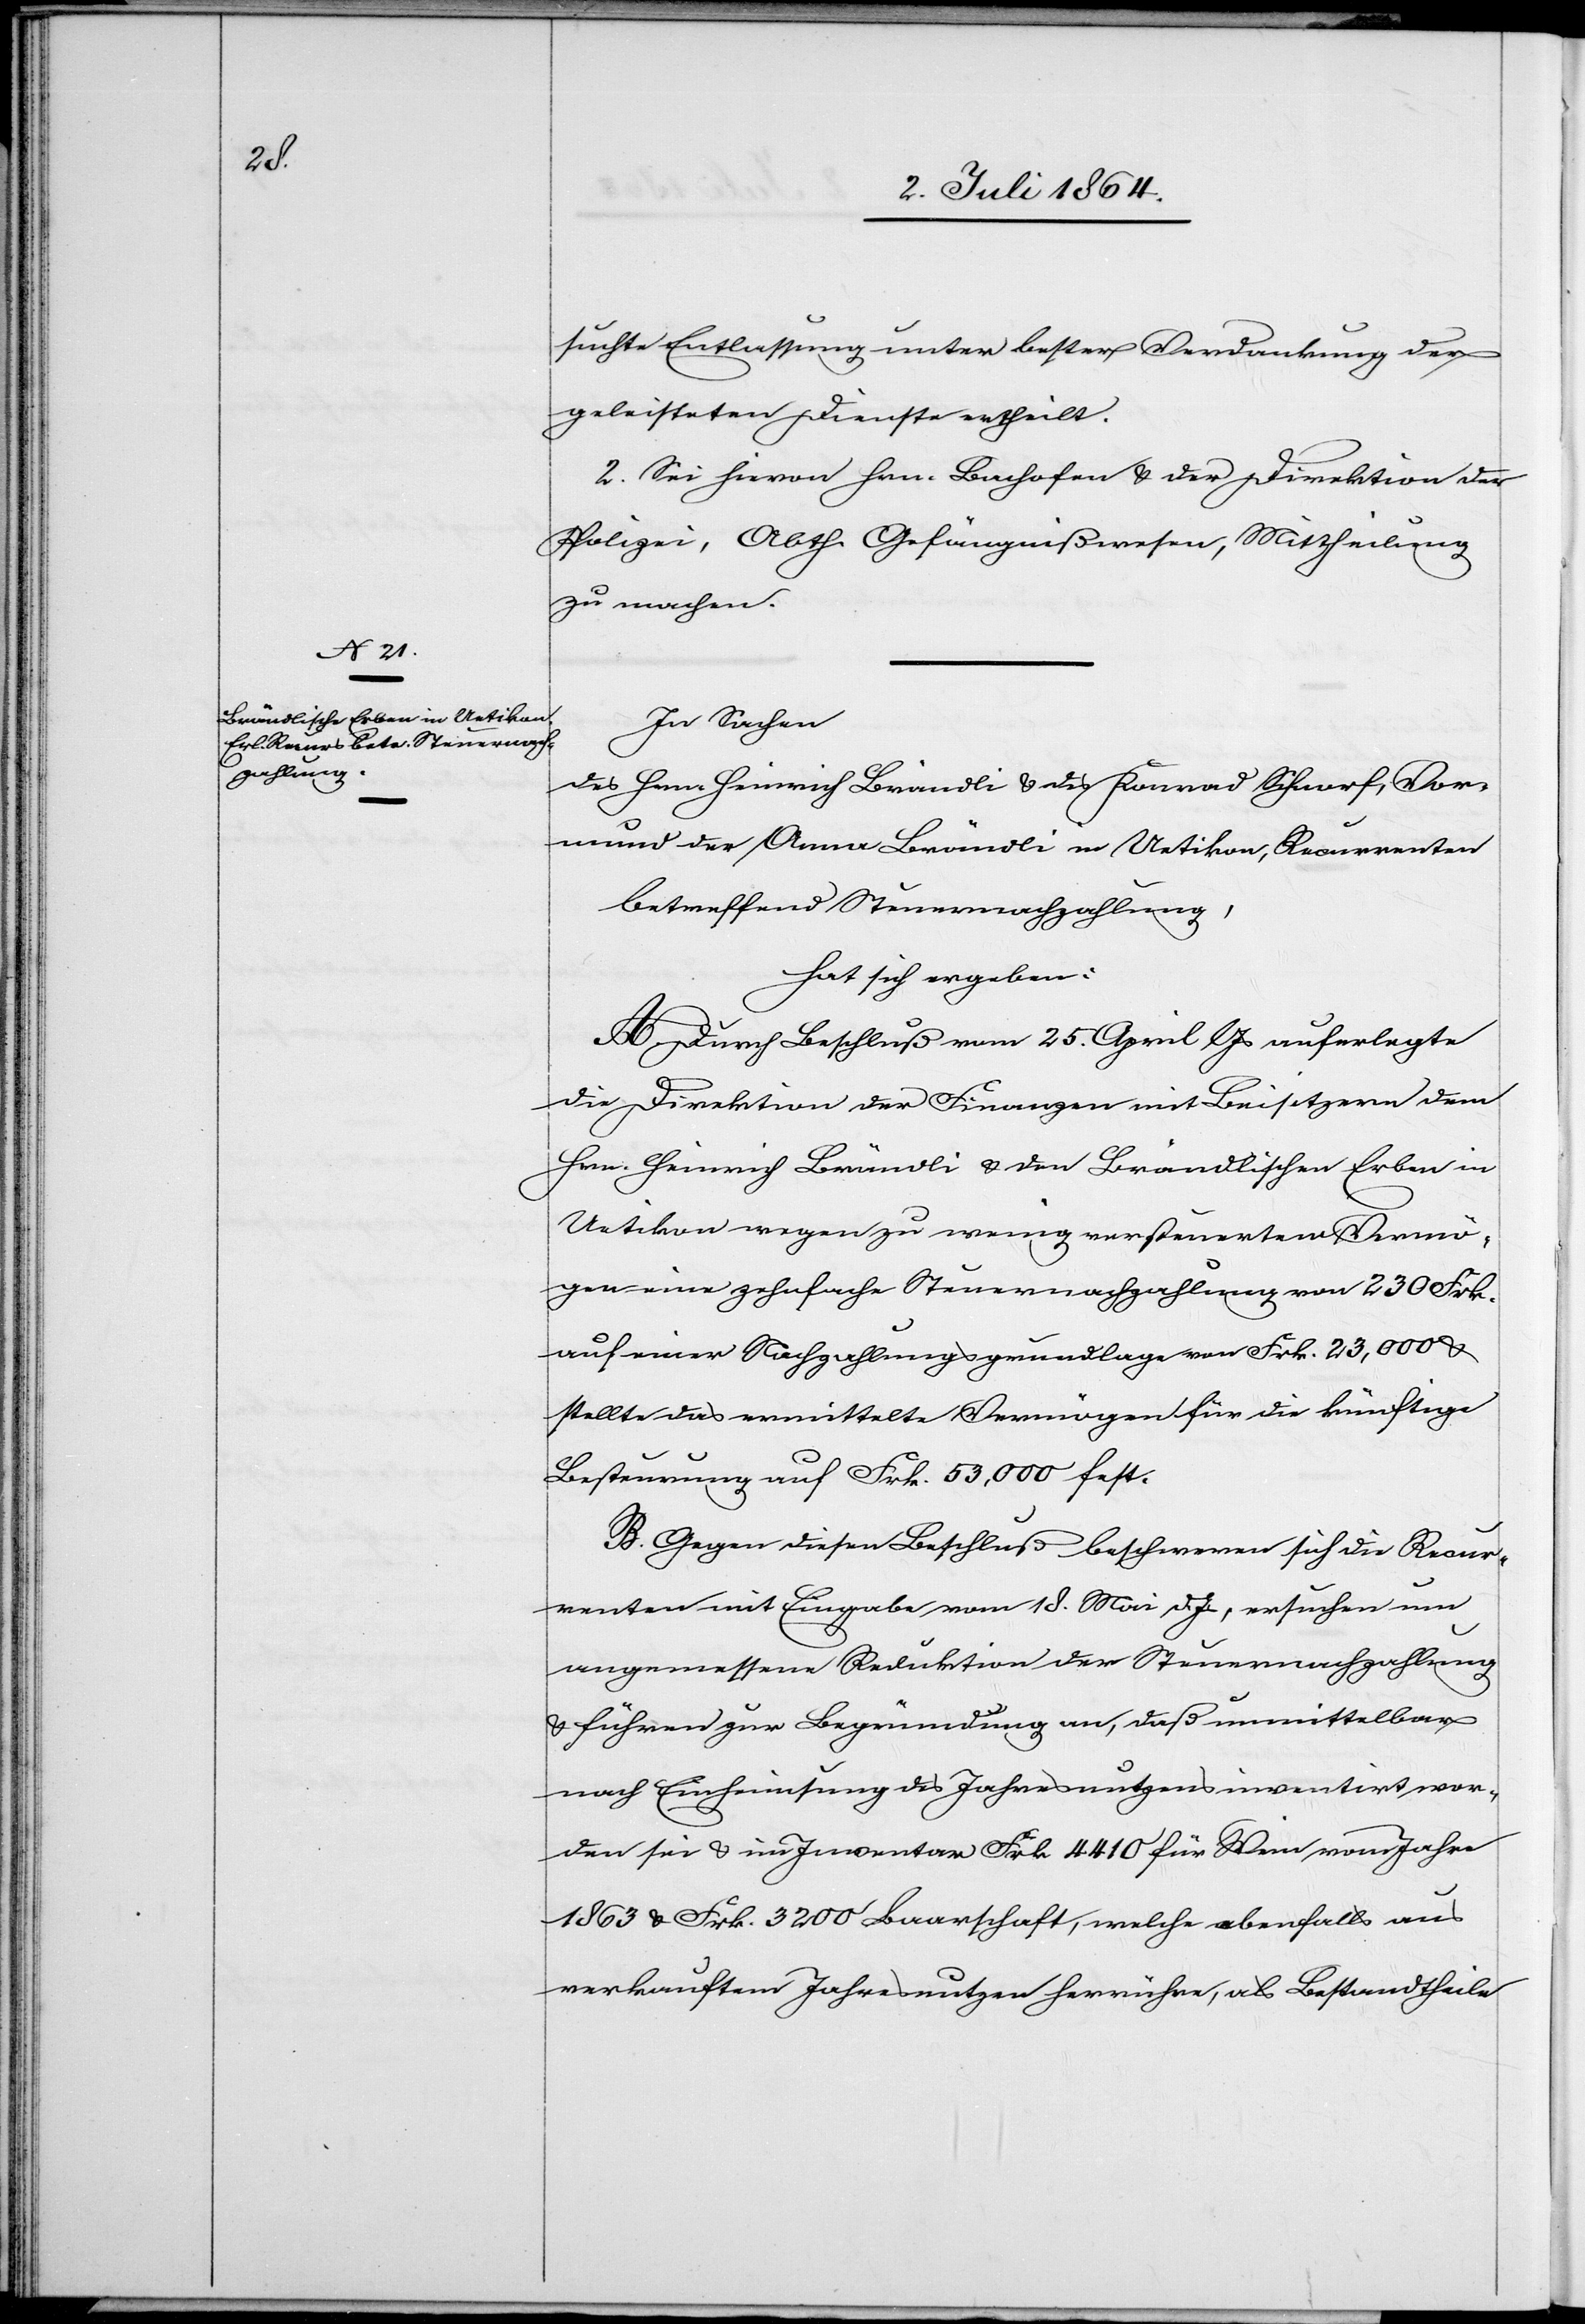
suchte Entlassung unter bester Verdankung der
geleisteten Dienste ertheilt.
2. Sei hiervon Hrn. Bachofen u. der Direktion der
Polizei, Abth. Gefängnißwesen, Mittheilung
zu machen.
In Sachen
des Hrn. Heinrich Brändli u. des Konrad Schnorf, Vor¬
mund der Anna Brändli in Uetikon, Recurrenten
betreffend Steuernachzahlung,
hat sich ergeben:
A. Durch Beschluß vom 25. April l. Js. auferlegte
die Direktion der Finanzen mit Beisitzern dem
Hrn. Heinrich Brändli u. den Brändlischen Erben in
Uetikon wegen zu wenig versteuertem Vermö¬
gen eine zehnfache Steuernachzahlung von 230 Frk.
auf einer Nachzahlungsgrundlage von Frk. 23,000 u.
stellte das ermittelte Vermögen für die künftige
Besteuerung auf Frk. 53,000 fest.
B. Gegen diesen Beschluß beschweren sich die Recur¬
renten mit Eingabe vom 18. Mai d. Js., ersuchen um
angemessene Reduktion der Steuernachzahlung
u. führen zur Begründung an, daß unmittelbar
nach Einheimsung des Jahresnutzens inventirt wor¬
den sei u. im Inventar Frk. 4410 für Wein vom Jahre
1863 u. Frk. 3200 Baarschaft, welche ebenfalls aus
verkauftem Jahresnutzen herrühre, als Bestandtheile